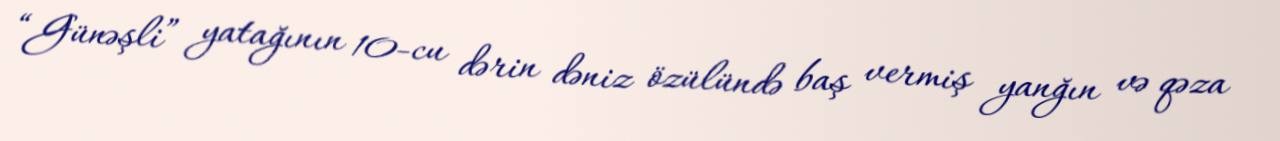
“Günəşli” yatağının 10-cu dərin dəniz özülündə baş vermiş yanğın və qəza